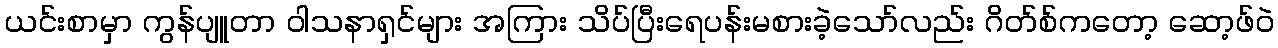
ယင်းစာမှာ ကွန်ပျူတာ ဝါသနာရှင်များ အကြား သိပ်ပြီးရေပန်းမစားခဲ့သော်လည်း ဂိတ်စ်ကတော့ ဆော့ဖ်ဝဲ